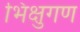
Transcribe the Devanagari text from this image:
भिक्षुगण